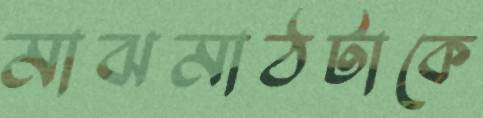
মাঝমাঠটাকে